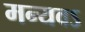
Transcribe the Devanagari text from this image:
मन्यवऽ